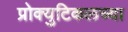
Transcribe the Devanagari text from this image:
प्रोक्युटिकलच्या